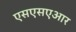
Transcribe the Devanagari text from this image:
एसएसएआर